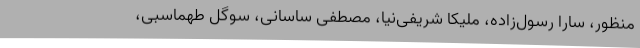
منظور، سارا رسول‌زاده، ملیکا شریفی‌نیا، مصطفی ساسانی، سوگل طهماسبی،